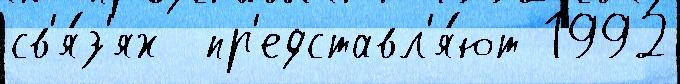
св'я́з'ях  пр'едставл'я́ют 1992